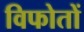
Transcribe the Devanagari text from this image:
विफोतों